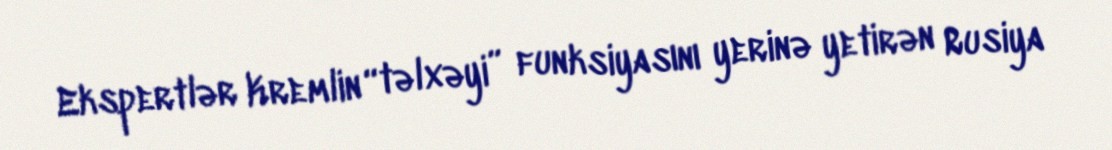
Ekspertlər Kremlin “təlxəyi” funksiyasını yerinə yetirən Rusiya